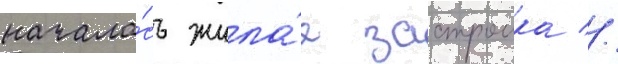
начала́сь жила́я застроика //